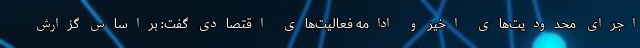
اجرای محدودیت‌های اخیر و ادامه فعالیت‌های اقتصادی گفت: براساس گزارش